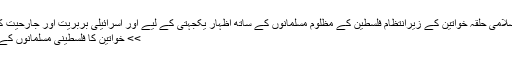
لاہور 26جولائی 2014ء:جماعت اسلامی حلقہ خواتین کے زیرانتظام فلسطین کے مظلوم مسلمانوں کے ساتھ اظہار یکجہتی کے لیے اور اسرائیلی بربریت اور جارحیت کے خلاف ملتان روڈ پر کے مضامین
>> خواتین کا فلسطینی مسلمانوں کے ساتھ اظہار یکجہتی کے لیےمظاہرہ